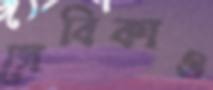
সেবিকাও